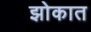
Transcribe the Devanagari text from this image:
झोकात